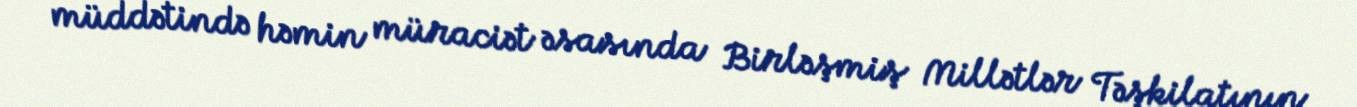
müddətində həmin müraciət əsasında Birləşmiş Millətlər Təşkilatının